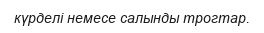
күрделі немесе салынды трогтар.